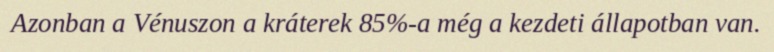
Azonban a Vénuszon a kráterek 85%-a még a kezdeti állapotban van.